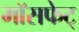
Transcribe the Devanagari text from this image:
मॉसफेट्